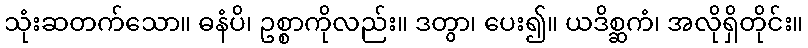
သုံးဆတက်သော။ ဓနံပိ၊ ဥစ္စာကိုလည်း။ ဒတွာ၊ ပေး၍။ ယဒိစ္ဆကံ၊ အလိုရှိတိုင်း။